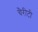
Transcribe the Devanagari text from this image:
चैरीटी